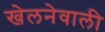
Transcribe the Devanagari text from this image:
खेलनेवाली